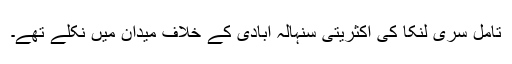
تامل سری لنکا کی اکثریتی سنہالہ آبادی کے خلاف میدان میں نکلے تھے۔